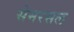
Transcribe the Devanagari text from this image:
सेमरसल